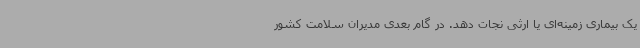
یک بیماری زمینه‌ای یا ارثی نجات دهد. در گام بعدی مدیران سلامت کشور